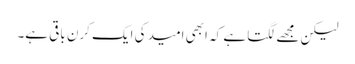
لیکن مجھے لگتا ہے کہ ابھی امید کی ایک کرن باقی ہے۔